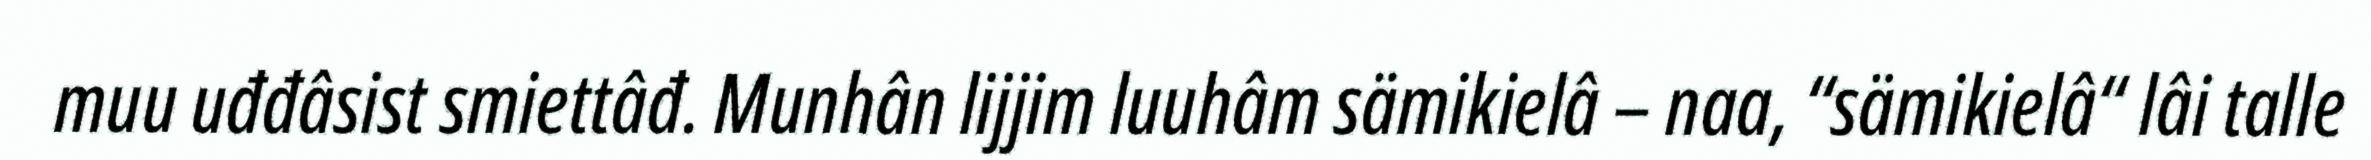
muu uđđâsist smiettâđ. Munhân lijjim luuhâm sämikielâ – naa, “sämikielâ“ lâi talle